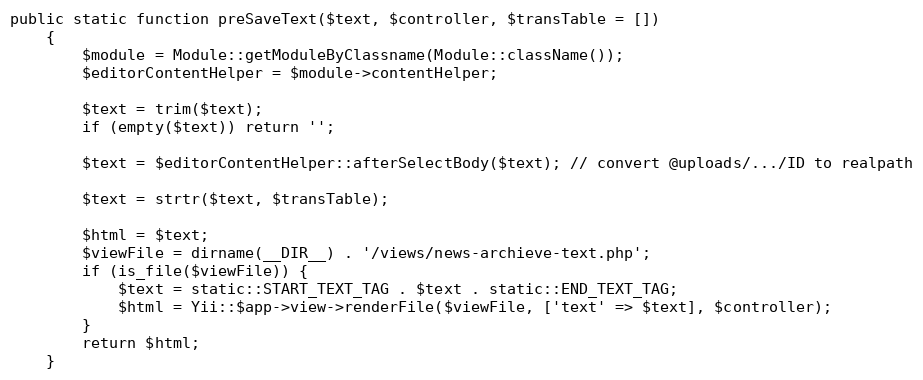
Language: PHP
public static function preSaveText($text, $controller, $transTable = [])
    {
        $module = Module::getModuleByClassname(Module::className());
        $editorContentHelper = $module->contentHelper;

        $text = trim($text);
        if (empty($text)) return '';

        $text = $editorContentHelper::afterSelectBody($text); // convert @uploads/.../ID to realpath

        $text = strtr($text, $transTable);

        $html = $text;
        $viewFile = dirname(__DIR__) . '/views/news-archieve-text.php';
        if (is_file($viewFile)) {
            $text = static::START_TEXT_TAG . $text . static::END_TEXT_TAG;
            $html = Yii::$app->view->renderFile($viewFile, ['text' => $text], $controller);
        }
        return $html;
    }